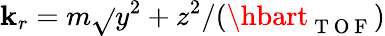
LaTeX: \mathbf{k}_{r}=m\sqrt{}{{y^{2}+z^{2}}}/(\hbart_{\mathrm{{~T~O~F~}}})